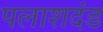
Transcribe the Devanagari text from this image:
पलाशदंड